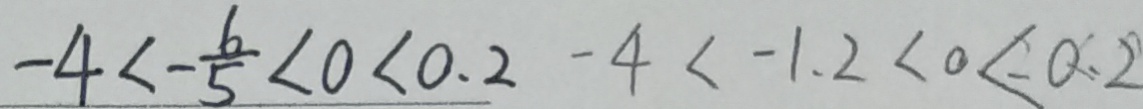
- 4 < - \frac { 6 } { 5 } < 0 < 0 . 2 - 4 < - 1 . 2 < 0 < 0 . 2